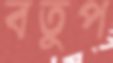
বতুপ